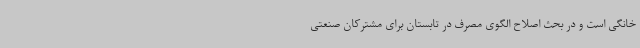
خانگی است و در بحث اصلاح الگوی مصرف در تابستان برای مشترکان صنعتی